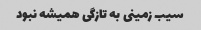
سیب زمینی به تازگی همیشه نبود